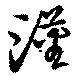
漢